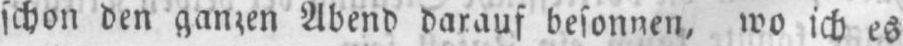
schon den ganzen Abend darauf besonnen, wo ich es